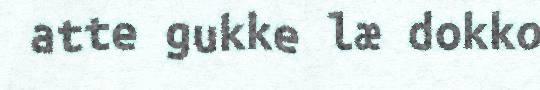
atte gukke læ dokko